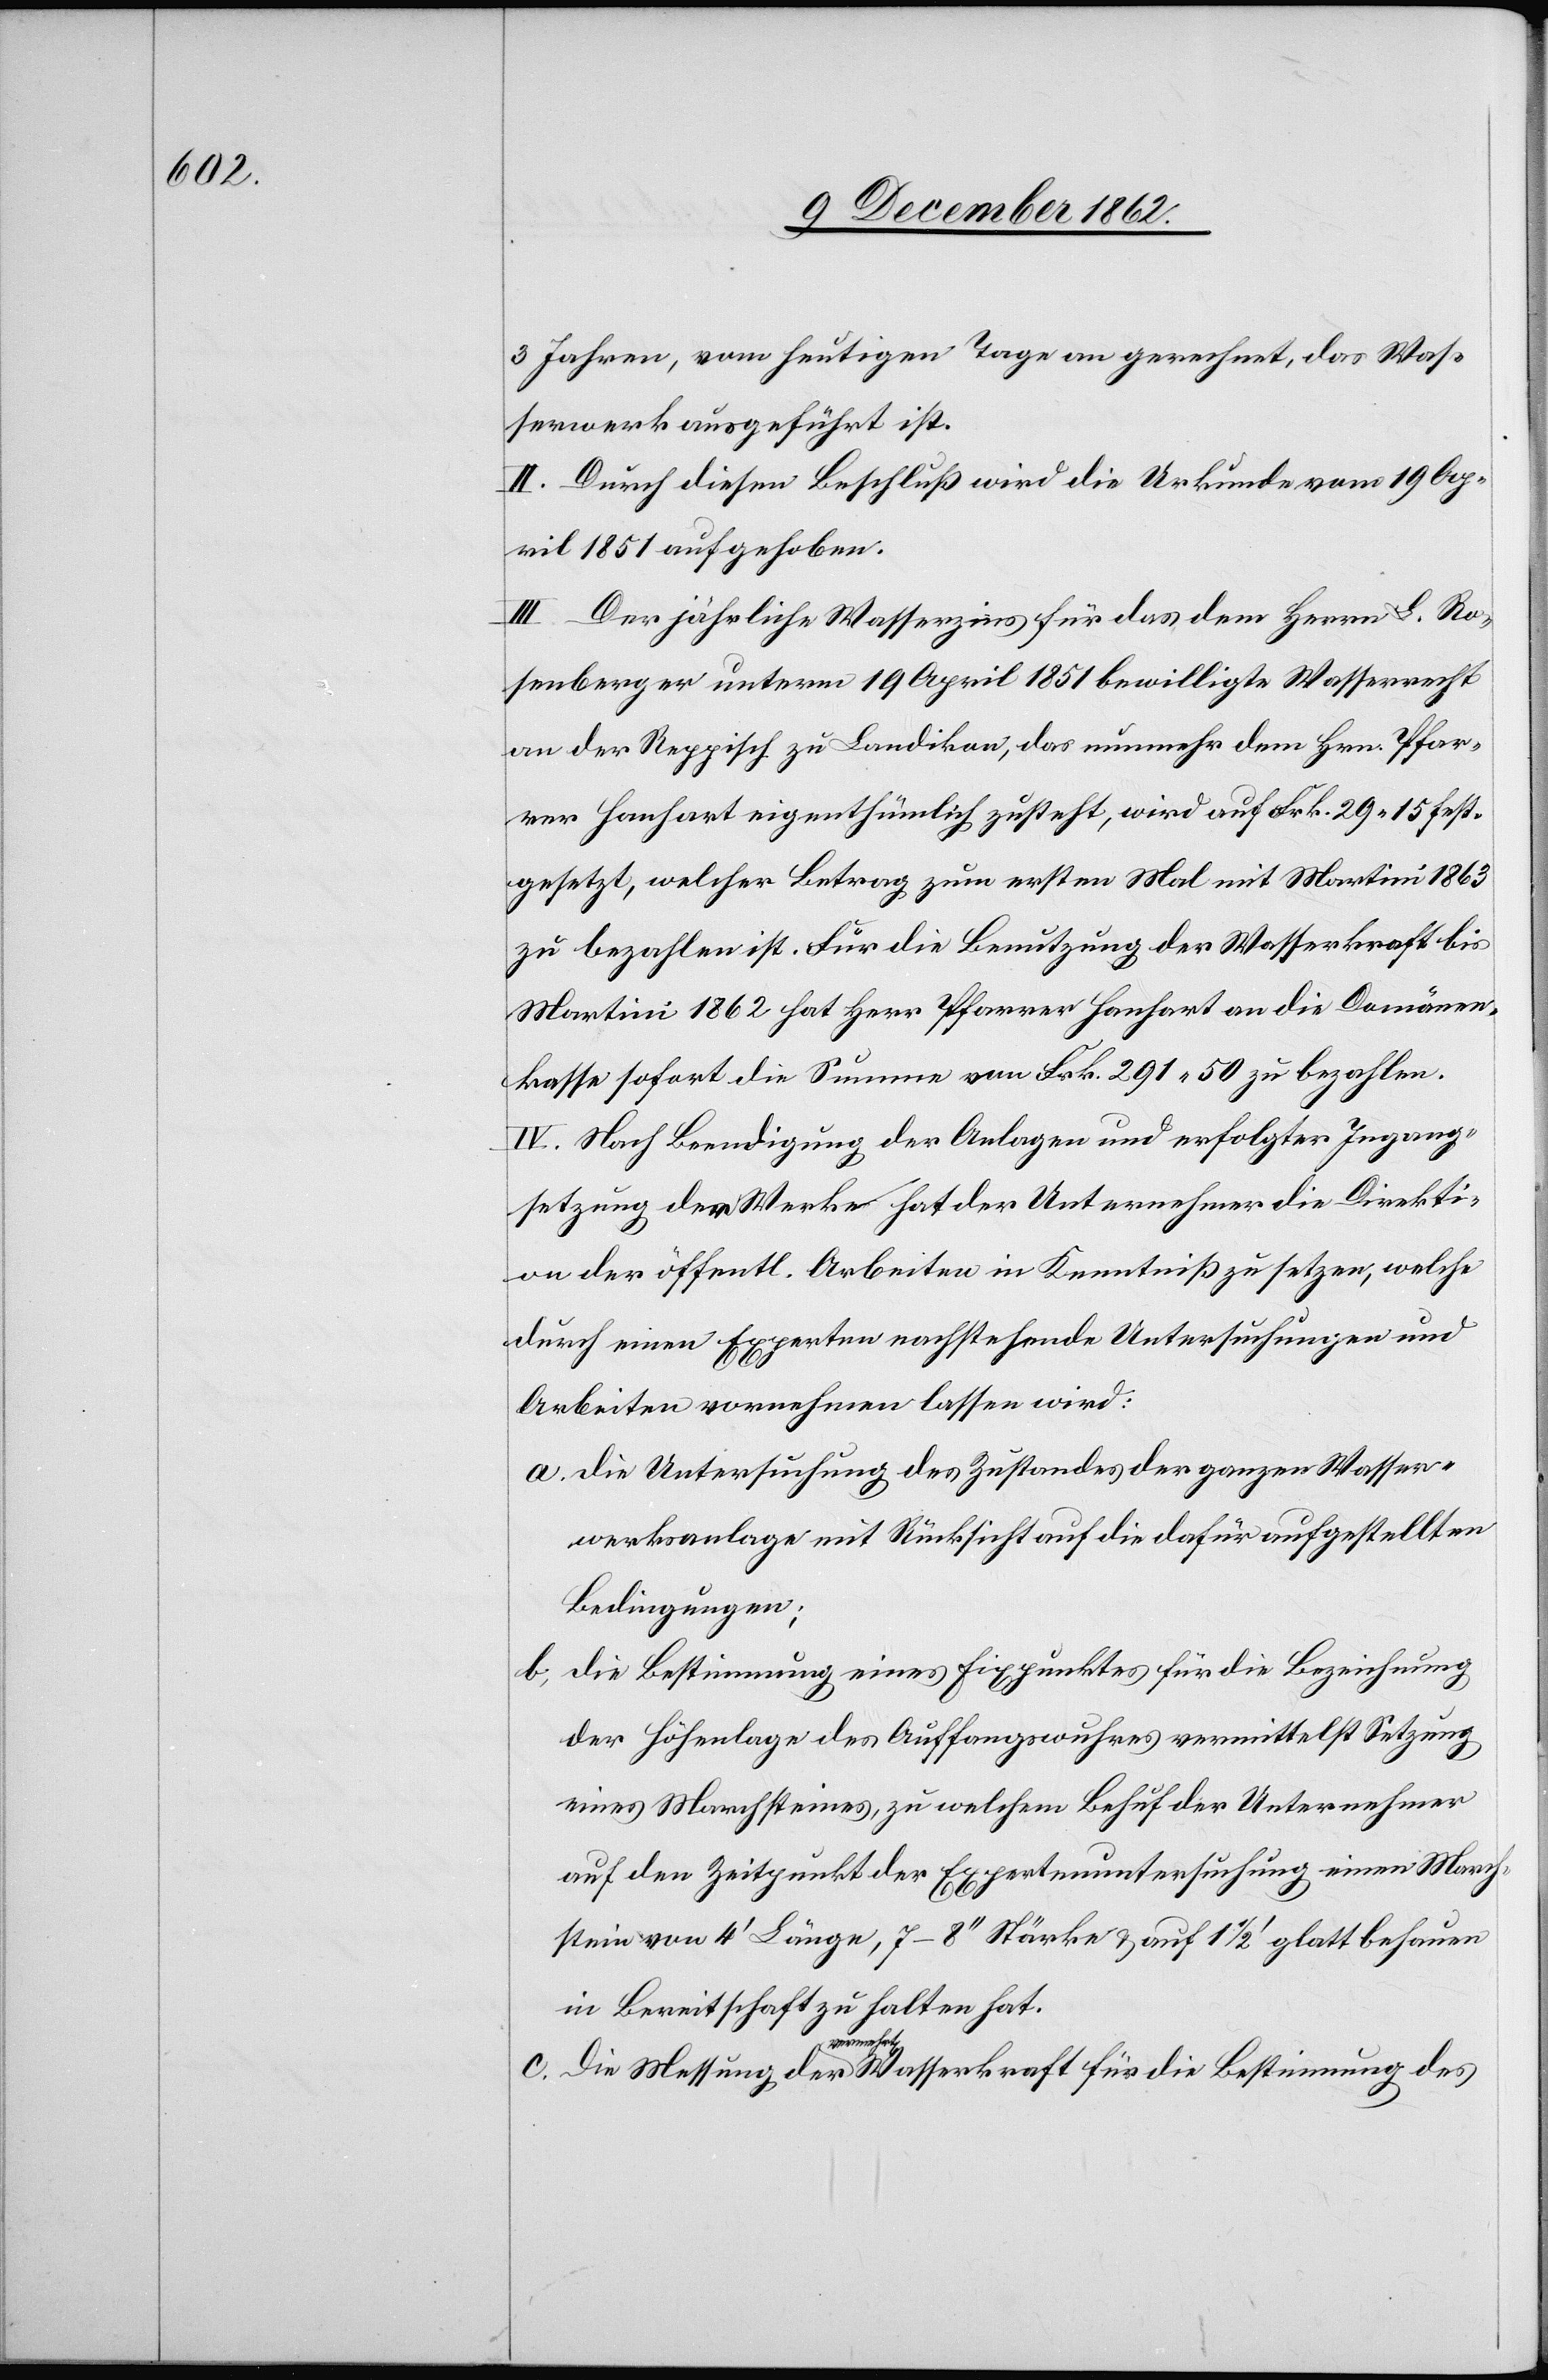
3 Jahren, vom heutigen Tage an gerechnet, das Was¬
serwerk ausgeführt ist.
II. Durch diesen Beschluß wird die Urkunde vom 19. Ap¬
ril 1851 aufgehoben.
III. Der jährliche Wasserzins für das dem Herrn L. Ro¬
senberger unterm 19. April 1851 bewilligte Wasserrecht
an der Reppisch zu Landikon, das nunmehr dem Hrn. Pfar¬
rer Hanhart eigenthümlich zusteht, wird auf Frk. 29 15 fest¬
gesetzt, welcher Betrag zum ersten Mal mit Martini 1863
zu bezahlen ist. Für die Benutzung der Wasserkraft bis
Martini 1862 hat Herr Pfarrer Hanhart an die Domänen¬
kasse sofort die Summe von Frk. 291 50 zu bezahlen.
IV. Nach Beendigung der Anlagen und erfolgter Ingang¬
setzung der Werke hat der Unternehmer die Direkti¬
on der öffentl. Arbeiten in Kenntniß zu setzen, welche
durch einen Experten nachstehende Untersuchungen und
Arbeiten vornehmen lassen wird:
a. die Untersuchung des Zustandes der ganzen Wasser¬
werksanlage mit Rücksicht auf die dafür aufgestellten
Bedingungen;
b. die Bestimmung eines Fixpunktes für die Bezeichnung
der Höhenlage des Auffangswuhres vermittelst Setzung
eines Marchsteines, zu welchem Behuf der Unternehmer
auf den Zeitpunkt der Expertenuntersuchung einen March¬
stein von 4’ Länge, 7–8’’ Stärke u. auf 1 1/2’ glatt behauen
in Bereitschaft zu halten hat.
Bestimmung